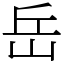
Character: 岳